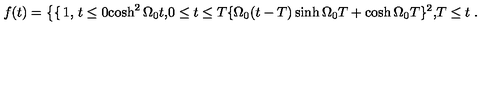
f ( t ) = \left\{ \begin{cases} { 1 \hfill , } & { t \leq 0 } \\ { \cosh ^ { 2 } \Omega _ { 0 } t \hfill , } & { 0 \leq t \leq T } \\ { \{ \Omega _ { 0 } ( t - T ) \sinh \Omega _ { 0 } T + \cosh \Omega _ { 0 } T \} ^ { 2 } \hfill , } & { T \leq t } \\ \end{cases} \right. .